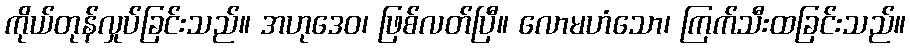
ကိုယ်တုန်လှုပ်ခြင်းသည်။ အဟုဒေဝ၊ ဖြစ်လတ်ပြီ။ လောမဟံသော၊ ကြက်သီးထခြင်းသည်။